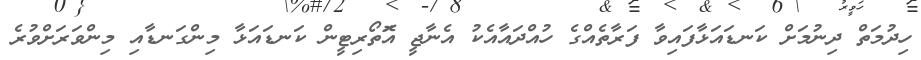
ހިދުމަތް ދިނުމަށް ކަނޑައަޅާފައިވާ ފަރާތެއްގެ ހުއްދައާއެކު އެނާޖީ އަޮތޯރިޓީން ކަނޑައަޅާ މިންގަނޑާއި މިންވަރަށްވުރެ